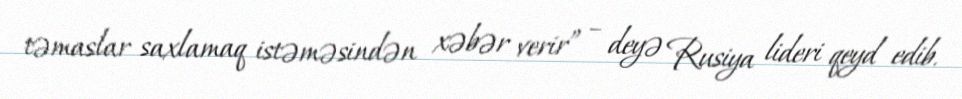
təmaslar saxlamaq istəməsindən xəbər verir” – deyə Rusiya lideri qeyd edib.